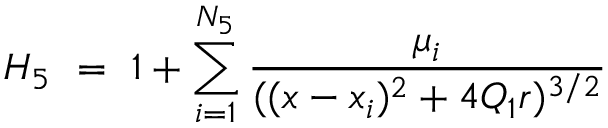
H _ { 5 } \ = \ 1 + \sum _ { i = 1 } ^ { N _ { 5 } } \frac { \mu _ { i } } { ( ( x - x _ { i } ) ^ { 2 } + 4 Q _ { 1 } r ) ^ { 3 / 2 } }